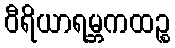
ဝီရိယာရမ္ဘကထဉ္စ